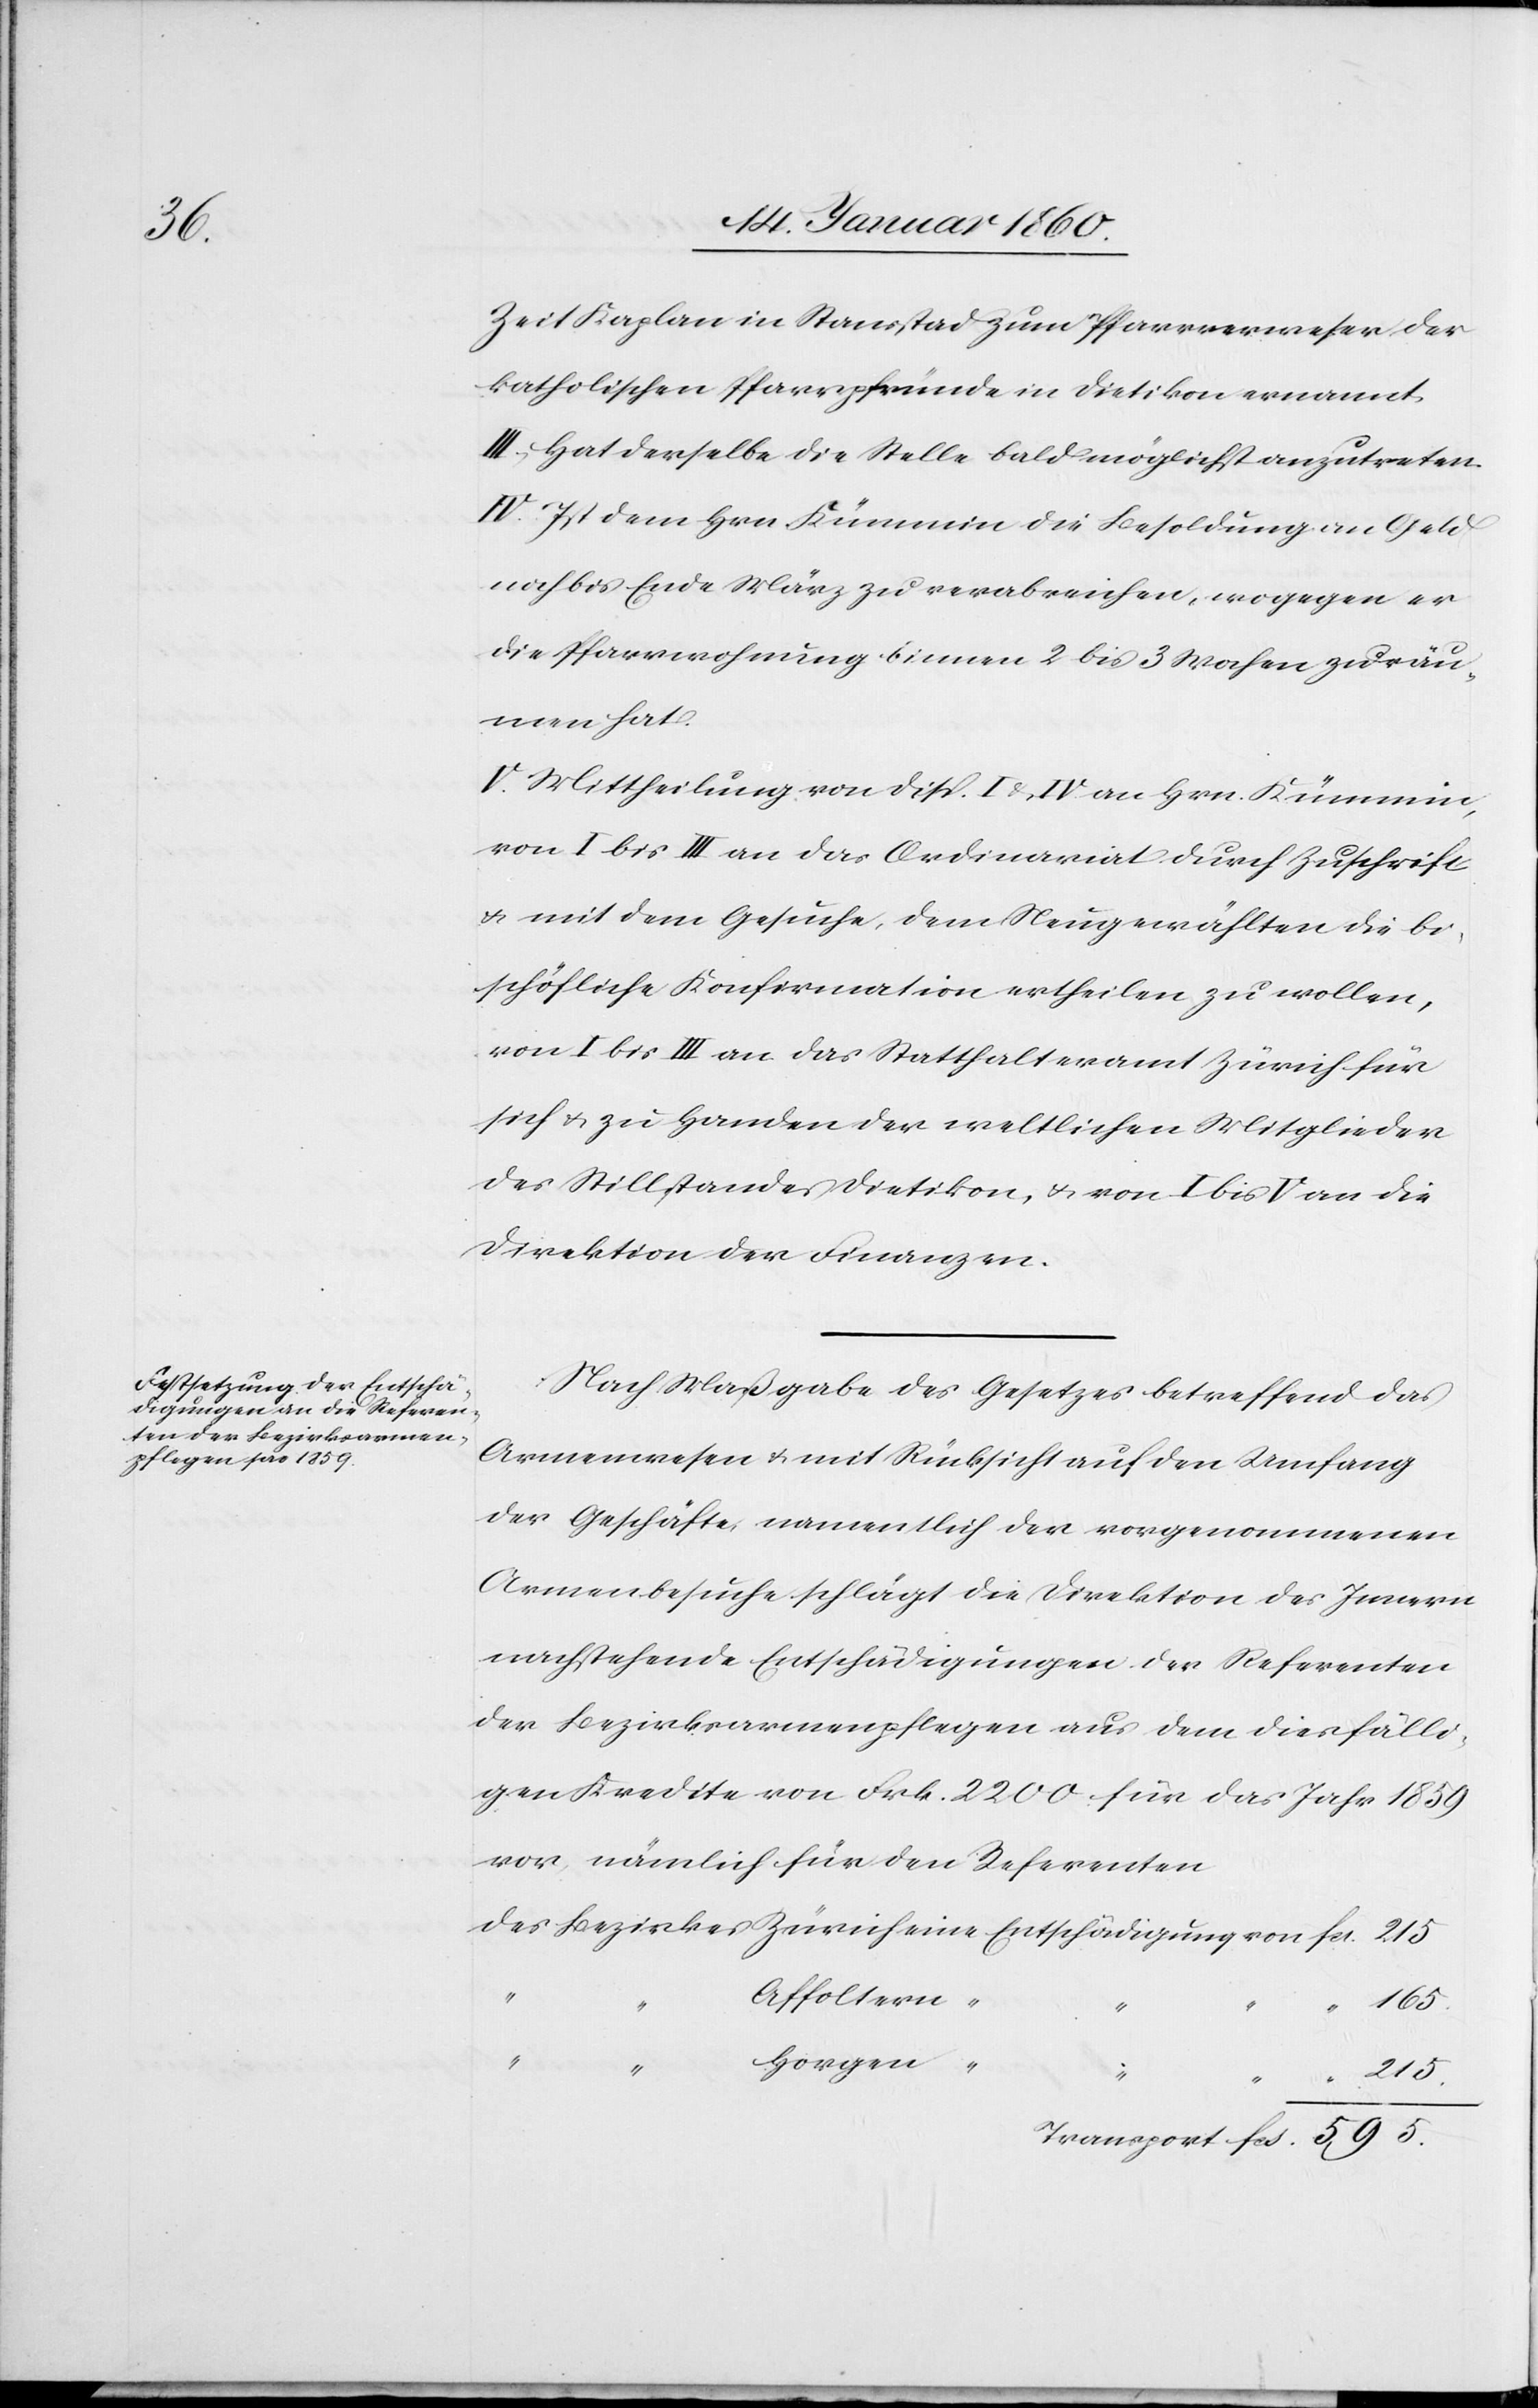
Zeit Kaplan in Stansstad zum Pfarrverweser der
katholischen Pfarrpfründe in Dietikon ernannt.
II. Hat derselbe die Stelle bald möglichst anzutreten.
IV. Ist dem Hrn. Kümmin die Besoldung an Geld
noch bis Ende März zu verabreichen, wogegen er
die Pfarrwohnung binnen 2. bis 3. Wochen zu räu¬
men hat.
V. Mittheilung von Disp. I. u. IV. an Hrn. Kümming
von I. bis III. an das Ordinariat durch Zuschrift
u. mit dem Gesuche, dem Neugewählten die bi¬
schöfliche Konfirmation ertheilen zuwollen,
von I. bis III. an das Statthalteramt Zürich für
sich u. zu Handen der weltlichen Mitglieder
des Stillstandes Dietikon, u. von I. bis V. an die
Direktion der Finanzen.
Nach Maßgabe des Gesetzes betreffend das
Armenwesen u. mit Rücksicht auf den Umfang
der Geschäfte namentlich der vorgenommenen
Armenbesuche schlägt die Direktion des Innern
nachstehende Entschädigungen der Referenten
der Bezirksarmenpflegen aus dem diesfälli¬
gen Kredite vor Frk. 2200. für das Jahr 1859.
vor, nämlich für den Referenten
Affoltern
165.
Horgen
“
“
215.
595.